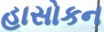
હાસોકન